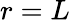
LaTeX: r=L